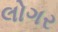
લોગર